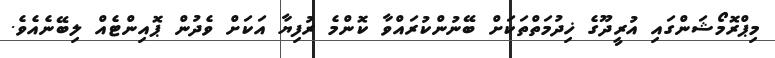
މިޕްރޮމޯޝަންގައި އުރީދޫގެ ޚިދުމަތްތަކަށް ބޭނުންކުރައްވާ ކޮންމެ ރުފިޔާ އަކަށް ވެދުން ޕޮއިންޓެއް ލިބޭނެއެވެ.